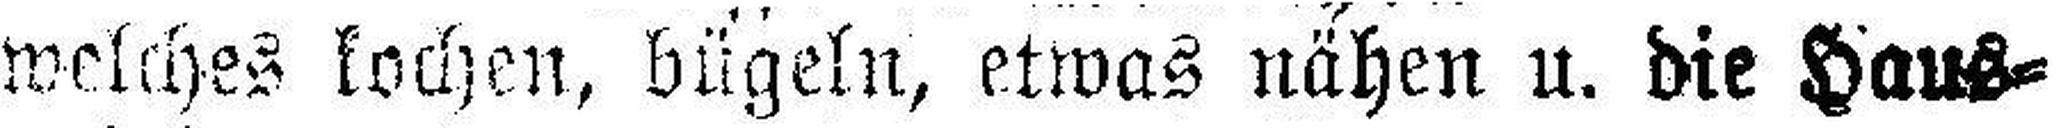
welches kochen, bügeln, etwas nähen u. die Haus¬